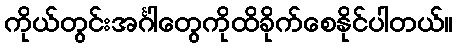
ကိုယ်တွင်းအင်္ဂါတွေကိုထိခိုက်စေနိုင်ပါတယ်။